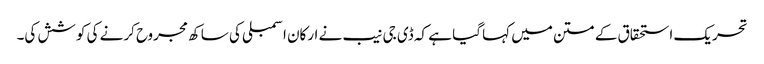
تحریک استحقاق کے متن میں کہا گیا ہے کہ ڈی جی نیب نے ارکان اسمبلی کی ساکھ مجروح کرنے کی کوشش کی۔